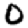
Digit: 0